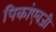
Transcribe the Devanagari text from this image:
पिकांएवजी